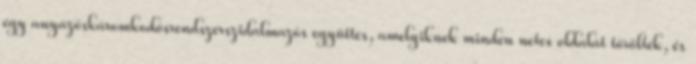
egy anyázóskáromkodósrendszerszidalmazós együttes, amelyiknek minden netes oldalát törölték, és